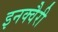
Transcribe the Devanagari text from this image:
इनक्वैरी